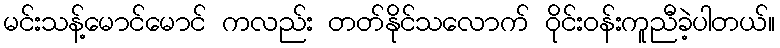
မင်းသန့်မောင်မောင် ကလည်း တတ်နိုင်သလောက် ဝိုင်းဝန်းကူညီခဲ့ပါတယ်။